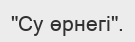
"Су өрнегі".